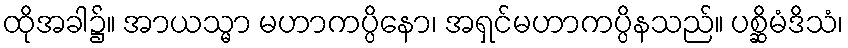
ထိုအခါ၌။ အာယသ္မာ မဟာကပ္ပိနော၊ အရှင်မဟာကပ္ပိနသည်။ ပစ္ဆိမံဒိသံ၊